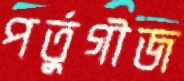
পর্তুগীজ